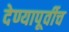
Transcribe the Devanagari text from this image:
देण्यापूर्वीच